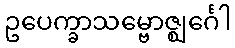
ဥပေက္ခာသမ္ဗောဇ္ဈင်္ဂေါ